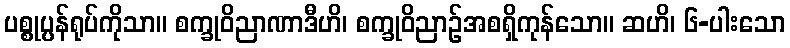
ပစ္စုပ္ပန်ရုပ်ကိုသာ။ စက္ခုဝိညာဏာဒီဟိ၊ စက္ခုဝိညာဉ်အစရှိကုန်သော။ ဆဟိ၊ ၆-ပါးသော